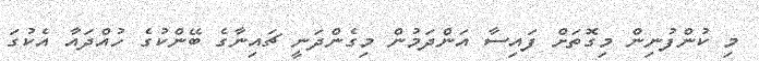
މި ކުންފުނިން މިގޮތަށް ފައިސާ އަންދަމުން މިގެންދަނީ ޗައިނާގެ ބޭންކުގެ ހުއްދައާ އެކުގަ